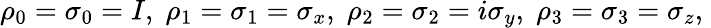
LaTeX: \rho_{0}=\sigma_{0}=I,\; \rho_{1}=\sigma_{1}=\sigma_{x},\; \rho_{2}=\sigma_{2}=i\sigma_{y},\; \rho_{3}=\sigma_{3}=\sigma_{z},\;